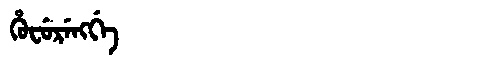
Manchu: ᡥᡠᠸᡠᡵᡝᠩᡤᡝ
Romanization: HUFURENGGE